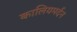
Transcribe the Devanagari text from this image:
कालियमर्दन